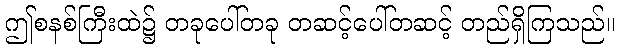
ဤစနစ်ကြီးထဲ၌ တခုပေါ်တခု တဆင့်ပေါ်တဆင့် တည်ရှိကြသည်။